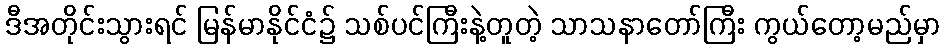
ဒီအတိုင်းသွားရင် မြန်မာနိုင်ငံ၌ သစ်ပင်ကြီးနဲ့တူတဲ့ သာသနာတော်ကြီး ကွယ်တော့မည်မှာ